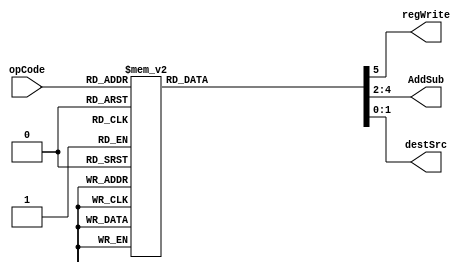
`timescale 1ns / 1ps
//////////////////////////////////////////////////////////////////////////////////
// Company: 
// Engineer: 
// 
// Design Name: 
// Module Name: controlUnit
// Project Name: 
// Target Devices: 
// Tool Versions: 
// Description: 
// 
// Dependencies: 
// 
// Revision:
// Revision 0.01 - File Created
// Additional Comments:
// 
//////////////////////////////////////////////////////////////////////////////////


module controlUnit(
  input [2:0] opCode,
  output regWrite,
  output [2:0]AddSub,
  output [1:0] destSrc);
  
  reg [5:0] ctrlSignals;
  assign {regWrite, AddSub, destSrc} = ctrlSignals;

  always @(*)
    case(opCode)        // regWrite, AddSub, destSrc
      3'b000: ctrlSignals = 6'b1000_00; // load x ->r
      3'b001: ctrlSignals = 6'b1000_01; // move r->r
      3'b010: ctrlSignals = 6'b1001_10; // add
      3'b011: ctrlSignals = 6'b1101_10; // sub		
		3'b100: ctrlSignals = 6'b1010_10; //and
		3'b101: ctrlSignals = 6'b1011_10; // or
		3'b110: ctrlSignals = 6'b1100_10; // xor
		3'b111: ctrlSignals = 6'b0000_01;//store r-> out
      default:  ctrlSignals = 6'b0000_00;
    endcase
endmodule